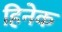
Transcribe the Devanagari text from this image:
हिनेक